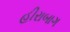
હીરાબાગ